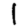
Digit: 1